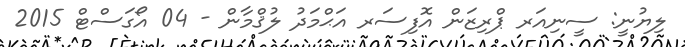
ލިޔުނީ: ސީނިއަރ ޕްރިޒަން އޮފިސަރ އަޙްމަދު ލުޤްމާން - 04 އޯގަސްޓް 2015